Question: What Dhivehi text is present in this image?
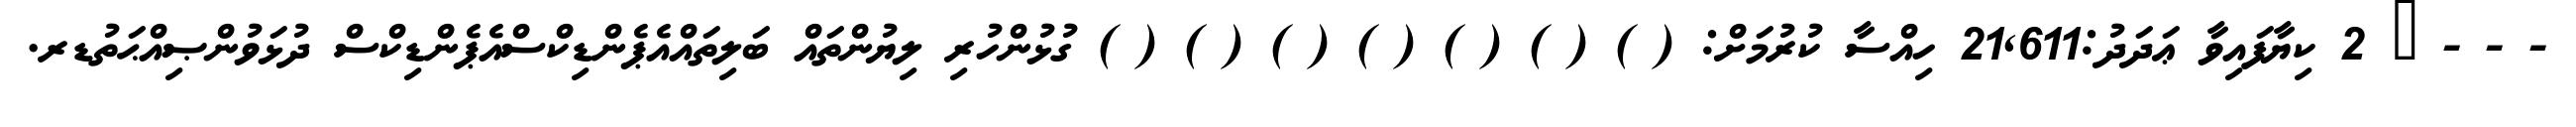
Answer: - - - ? 2 ކިޔާފައިވާ ޢަދަދު:21,611 ހިއްސާ ކުރުމަށް: ( ) ( ) ( ) ( ) ( ) ( ) ( ) ގުޅުންހުރި ލިޔުންތައް ބަލިތައްއެޕެންޑިކްސްއެޕެންޑިކްސް ދުޅަވުންޞިއްޙަތުޑރ.